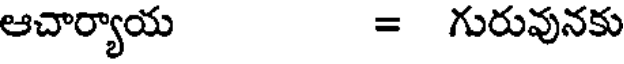
ఆచార్యాయ = గురువునకు